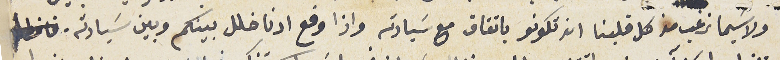
ولا سيما نرغب من كل قلبنا انه تكونو باتفاق مع سَيادته واذا وقع ادنا خلل بينكم وبين سَيادته .